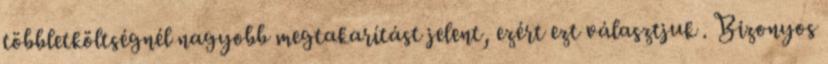
többletköltségnél nagyobb megtakarítást jelent, ezért ezt választjuk . Bizonyos